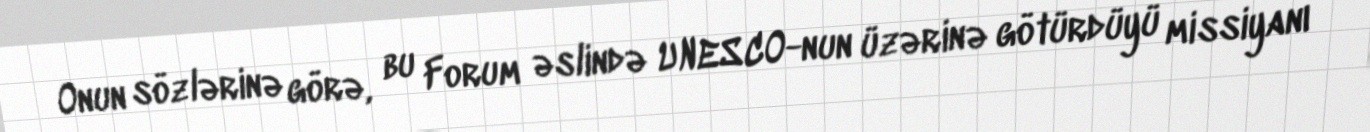
Onun sözlərinə görə, bu Forum əslində UNESCO-nun üzərinə götürdüyü missiyanı